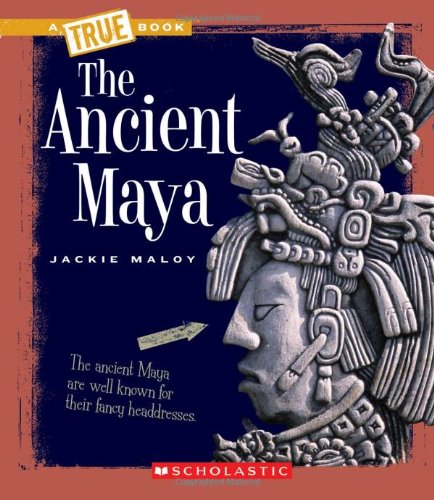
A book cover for The Ancient Maya (True Books: Ancient Civilizations); Jackie Maloy; Children's Books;